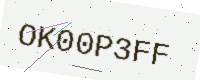
Text: OK00P3FF